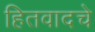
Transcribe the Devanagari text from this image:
हितवादचे